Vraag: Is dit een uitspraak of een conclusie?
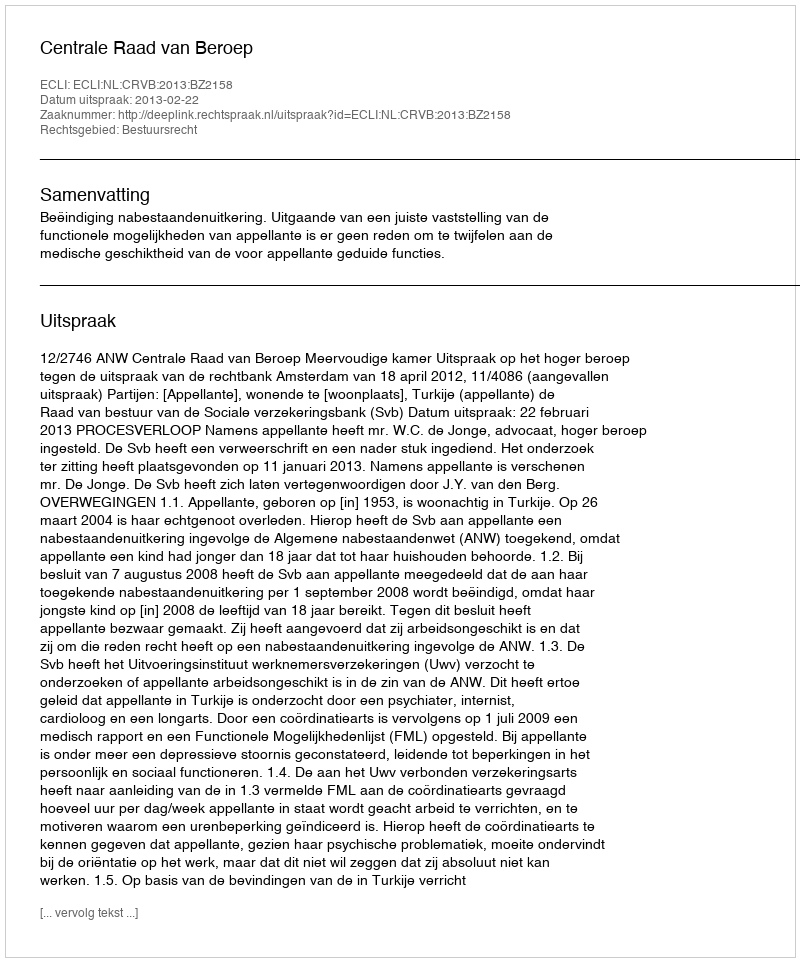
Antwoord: Uitspraak